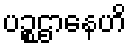
ပဉ္စဌာနေဟိ